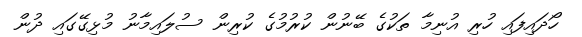
ހޯދައިފައި ހުރި އުނިމާ ތަކުގެ ބޭނުން ކުރުމުގެ ކުރިން ސުލައިމާނު މުޅިގޭގައި ދުން